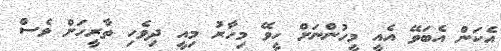
އެކަން އެބަވޭ އެއީ މީހުންނަށް ހީވޭ މިހާރު މިއީ ދިވެހި ތާރީހަށް ވެސް